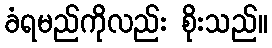
ခံရမည်ကိုလည်း စိုးသည်။